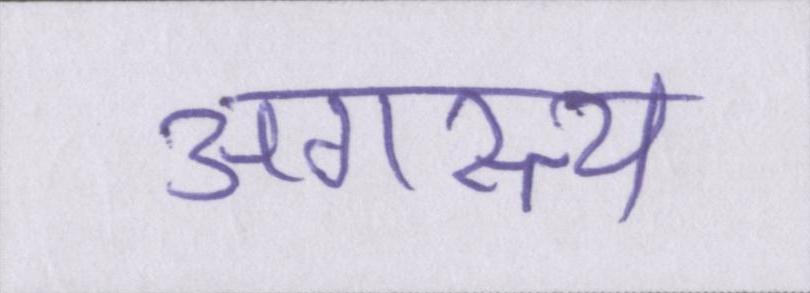
अगस्त्य